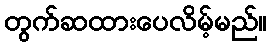
တွက်ဆထားပေလိမ့်မည်။